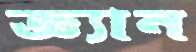
জ্ঞ্যান